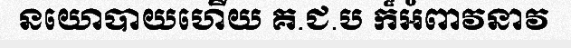
នយោបាយហើយ គ.ជ.ប ក៏អំពាវនាវ